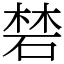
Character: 𥓙